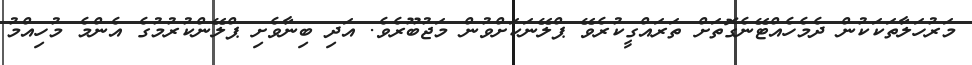
މަރުހަލާތަކަކުން ދެމެހެއްޓޭނެގޮތަށް ތަރައްގީކުރެވޭ ޕްލޭނަކަށްވުން މަޖުބޫރެވެ. އަދި ބިނާވެށި ޕްލޭންކުރުމުގެ އެންމެ މުހިއްމު